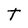
Character: T